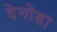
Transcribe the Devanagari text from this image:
देगोडा